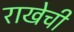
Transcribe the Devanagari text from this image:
राखेची